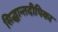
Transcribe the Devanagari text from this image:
सिद्धान्तदीपिका